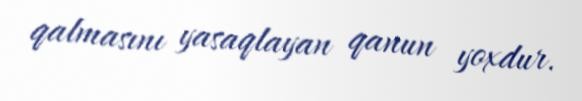
qalmasını yasaqlayan qanun yoxdur.